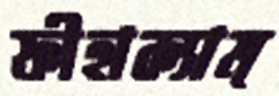
ফীহাক্যাম্